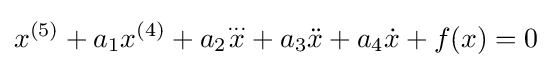
x^{(5)}+a_{1}x^{(4)}+a_{2}{\overset {...}{x}}+a_{3}{\ddot {x}}+a_{4}{\dot {x}}+f(x)=0